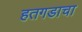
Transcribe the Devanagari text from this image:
हतगडाचा